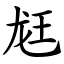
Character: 䶭